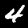
Label: 4